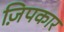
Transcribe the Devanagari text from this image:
ज़िपकार